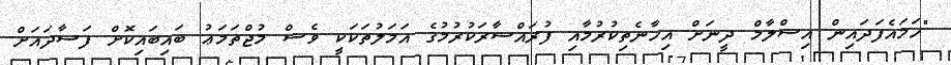
"ހަމައެފަދައިން އިސްލާމް ދީނަށް އިހާނެތިކުރުމާއި ފުރައްސާރަކުރުމުގެ އަމަލުތަކަކީ ވެސް މުޖްތަމަޢު ބައިބައިކޮށް ފަސާދައަށް